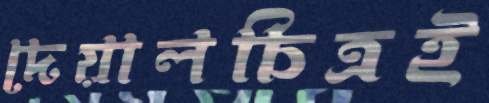
দেয়ালচিত্রই